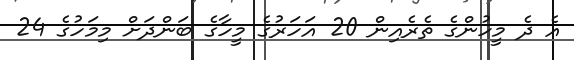
އެ ދެ މީހުންގެ ތެރެއިން 20 އަހަރުގެ މީހާގެ ބަންދަށް މިމަހުގެ 24